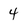
Character: 4